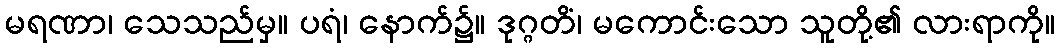
မရဏာ၊ သေသည်မှ။ ပရံ၊ နောက်၌။ ဒုဂ္ဂတိံ၊ မကောင်းသော သူတို့၏ လားရာကို။